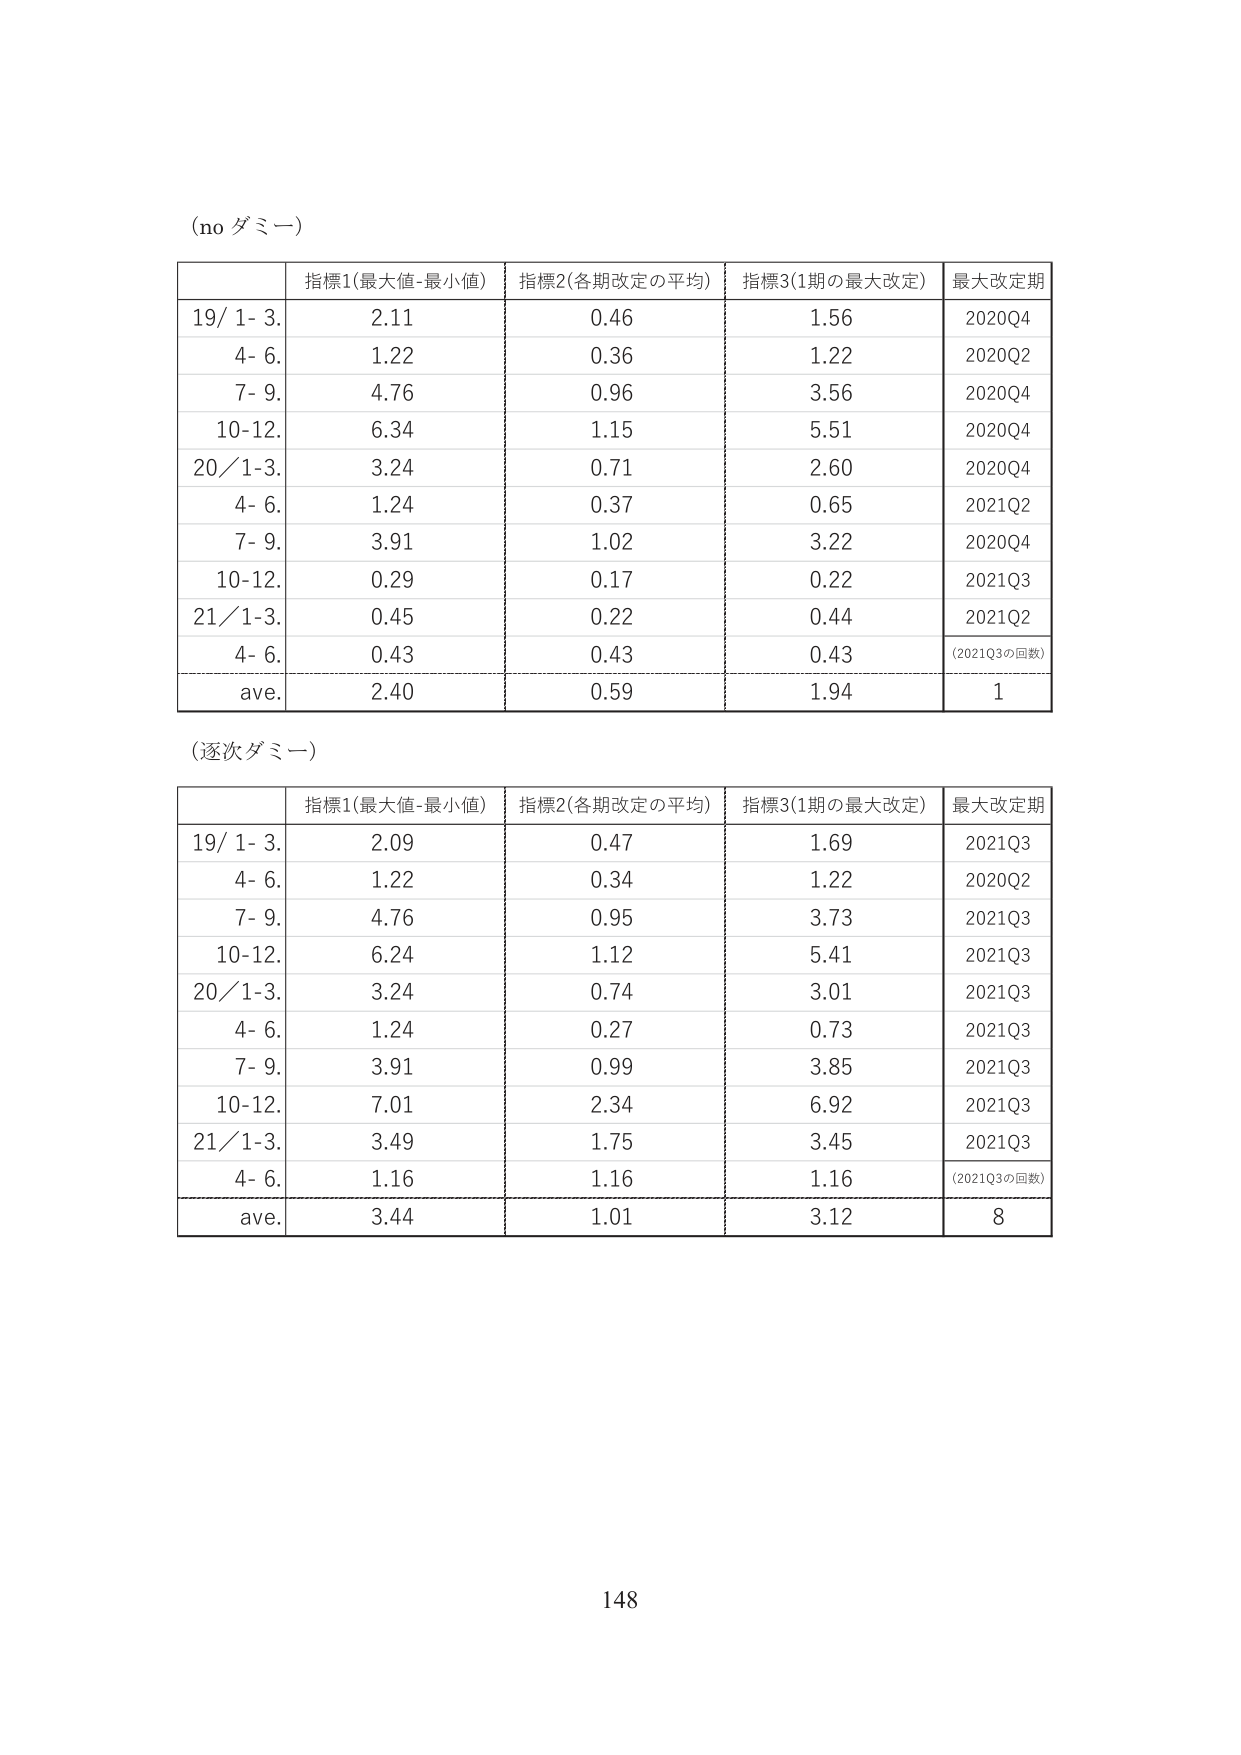
(no ダミー)

| | 指標1(最大値-最小値) | 指標2(各期改定の平均) | 指標3(1期の最大改定) | 最大改定期 |
|---|---|---|---|---|
| 19/ 1- 3. | 2.11 | 0.46 | 1.56 | 2020Q4 |
| 4- 6. | 1.22 | 0.36 | 1.22 | 2020Q2 |
| 7- 9. | 4.76 | 0.96 | 3.56 | 2020Q4 |
| 10-12. | 6.34 | 1.15 | 5.51 | 2020Q4 |
| 20/1-3. | 3.24 | 0.71 | 2.60 | 2020Q4 |
| 4- 6. | 1.24 | 0.37 | 0.65 | 2021Q2 |
| 7- 9. | 3.91 | 1.02 | 3.22 | 2020Q4 |
| 10-12. | 0.29 | 0.17 | 0.22 | 2021Q3 |
| 21/1-3. | 0.45 | 0.22 | 0.44 | 2021Q2 |
| 4- 6. | 0.43 | 0.43 | 0.43 | (2021Q3の回数) |
| ave. | 2.40 | 0.59 | 1.94 | 1 |

(逐次ダミー)

| | 指標1(最大値-最小値) | 指標2(各期改定の平均) | 指標3(1期の最大改定) | 最大改定期 |
|---|---|---|---|---|
| 19/ 1- 3. | 2.09 | 0.47 | 1.69 | 2021Q3 |
| 4- 6. | 1.22 | 0.34 | 1.22 | 2020Q2 |
| 7- 9. | 4.76 | 0.95 | 3.73 | 2021Q3 |
| 10-12. | 6.24 | 1.12 | 5.41 | 2021Q3 |
| 20/1-3. | 3.24 | 0.74 | 3.01 | 2021Q3 |
| 4- 6. | 1.24 | 0.27 | 0.73 | 2021Q3 |
| 7- 9. | 3.91 | 0.99 | 3.85 | 2021Q3 |
| 10-12. | 7.01 | 2.34 | 6.92 | 2021Q3 |
| 21/1-3. | 3.49 | 1.75 | 3.45 | 2021Q3 |
| 4- 6. | 1.16 | 1.16 | 1.16 | (2021Q3の回数) |
| ave. | 3.44 | 1.01 | 3.12 | 8 |

148